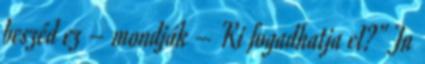
beszéd ez – mondják – Ki fogadhatja el?” Jn